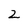
Character: 2